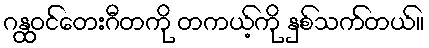
ဂန္ထဝင်တေးဂီတကို တကယ့်ကို နှစ်သက်တယ်။